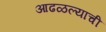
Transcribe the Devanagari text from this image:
आढळल्याची